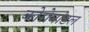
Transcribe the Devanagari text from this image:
कोरोमांडल